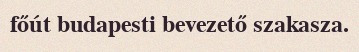
főút budapesti bevezető szakasza.